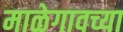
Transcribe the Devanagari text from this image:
माळेगावच्या